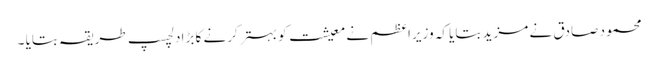
محمود صادق نے مزید بتایا کہ وزیراعظم نے معیشت کو بہتر کرنے کا بڑا دلچسپ طریقہ بتایا ۔